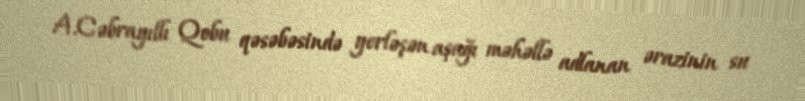
A.Cəbrayıllı Qobu qəsəbəsində yerləşən aşağı məhəllə adlanan ərazinin su